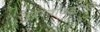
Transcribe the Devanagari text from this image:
सुपरवायझरने